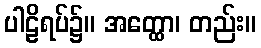
ပါဠိရပ်၌။ အတ္ထော၊ တည်း။